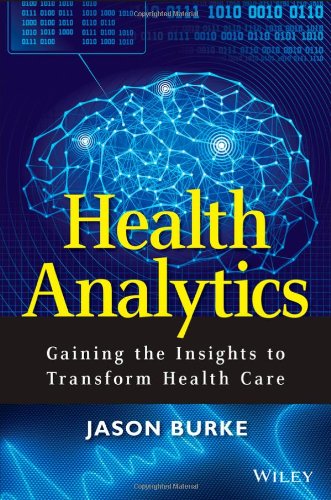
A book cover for Health Analytics: Gaining the Insights to Transform Health Care; Jason Burke; Medical Books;